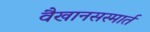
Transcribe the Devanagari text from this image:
वैखानसस्मार्त